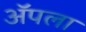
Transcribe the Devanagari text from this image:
अॅपला